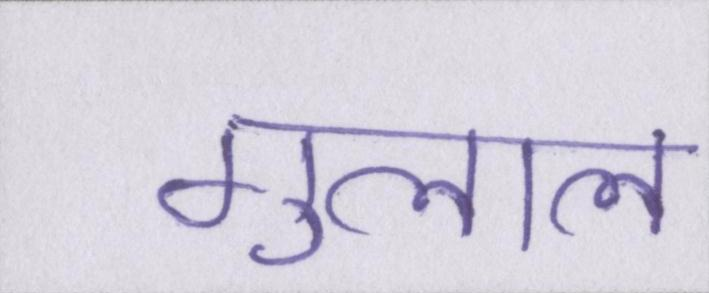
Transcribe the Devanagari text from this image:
गुलाल